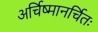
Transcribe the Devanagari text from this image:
अर्चिष्मानर्चितः